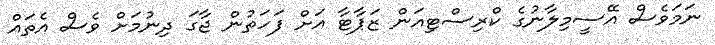
ނަމަވެސް އޭސީމިލާނުގެ ކްރިސްޓިއަން ޒަޕާޓާ އަށް ފަހަތުން ޖާގަ ދިނުމަށް ވެސް އެތައް